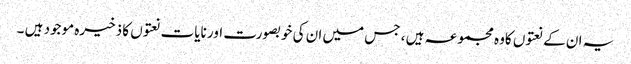
یہ ان کے نعتوں کاوہ مجموعہ ہیں ، جس میں ان کی خوبصورت اور نایات نعتوں کا ذخیرہ موجود ہیں ۔